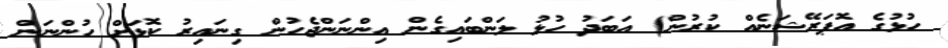
ހުޅުގެ އޮޕަރޭޝަނެއް ކުރުން) އަބަދު ހުޅު ލަންބައިގެން އިންނަންޖެހުން ގިނައިރު ކޮޅަށް ހުންނަން